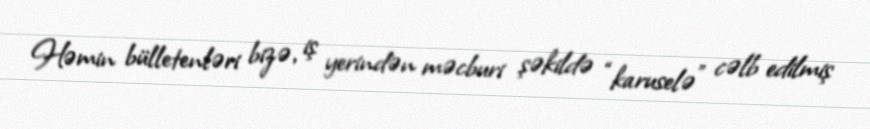
Həmin bülletenləri bizə, iş yerindən məcburi şəkildə “karuselə” cəlb edilmiş